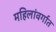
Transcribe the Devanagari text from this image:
महिलांवर्गात